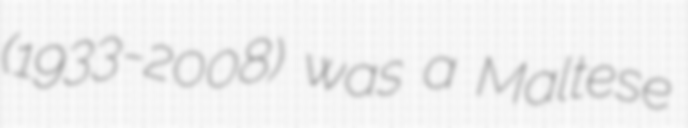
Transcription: (1933-2008) was a Maltese